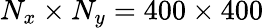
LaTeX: N_{x}\times N_{y}=400\times 400